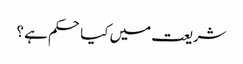
شریعت میں کیا حکم ہے ؟